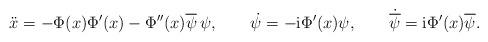
LaTeX: \begin{align*}\ddot{x}=-\Phi (x)\Phi '(x)-\Phi ''(x)\overline{\psi }\,\psi ,\qquad\dot{\psi}=-{\rm i} \Phi '(x)\psi,\qquad \dot{\overline{\psi }}= {\rm i} \Phi '(x)\overline{\psi} .\end{align*}